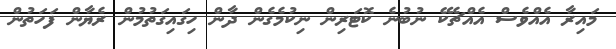
މައިރާ އެއްވެސް އެއްޗެކޭ ނުބުނެ ކޮޓަރިން ނިކުމެގެން ދާން ހިގައިގަތުމުން ރެޔާން ފަހަތުން